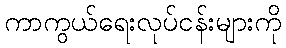
ကာကွယ်ရေးလုပ်ငန်းများကို